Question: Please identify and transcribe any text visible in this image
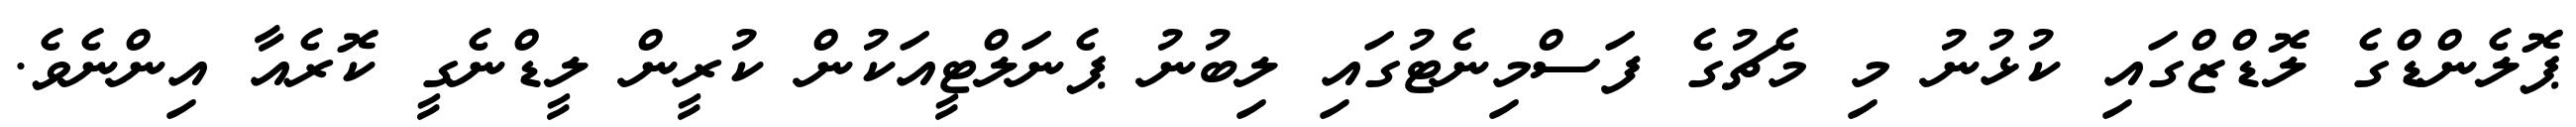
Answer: ޕޮލެންޑްގެ ލޮޑްޒްގައި ކުޅުނު މި މެޗުގެ ފަސްމިނެޓުގައި ލިބުނު ޕެނަލްޓީއަކުން ކުރީން ލީޑްނެގީ ކޮރެއާ އިންނެވެ.